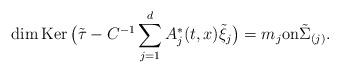
LaTeX: \begin{align*}{\rm dim}\,{\rm Ker}\, \big({\tilde \tau}-C^{-1}\sum_{j=1}^dA^*_j(t,x){\tilde\xi}_j\big)=m_j\mbox{on}{\tilde \Sigma}_{(j)}.\end{align*}